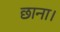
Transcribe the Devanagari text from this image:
छाना।